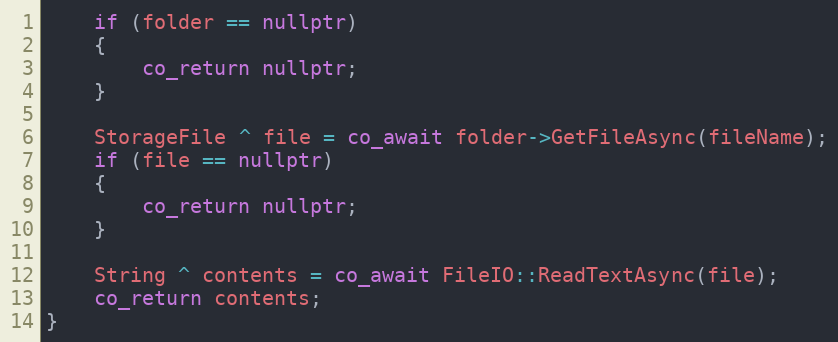
Language: C++
    if (folder == nullptr)
    {
        co_return nullptr;
    }

    StorageFile ^ file = co_await folder->GetFileAsync(fileName);
    if (file == nullptr)
    {
        co_return nullptr;
    }

    String ^ contents = co_await FileIO::ReadTextAsync(file);
    co_return contents;
}